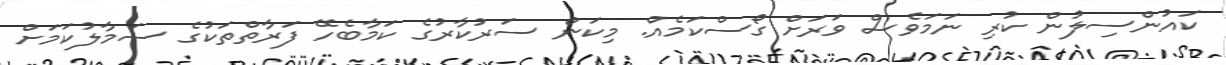
ކައުންސިލުން ކުރި ނަމަވެސް ވަރަށް ގޯސްކަމެއް. މިކަން ސަރުކާރުގެ ކަމާބެހޭ ފަރާތްތަކުގެ ސަމާލުކަމަށް